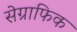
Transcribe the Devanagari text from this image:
सेग्राफिक